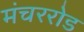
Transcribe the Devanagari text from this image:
मंचररोड